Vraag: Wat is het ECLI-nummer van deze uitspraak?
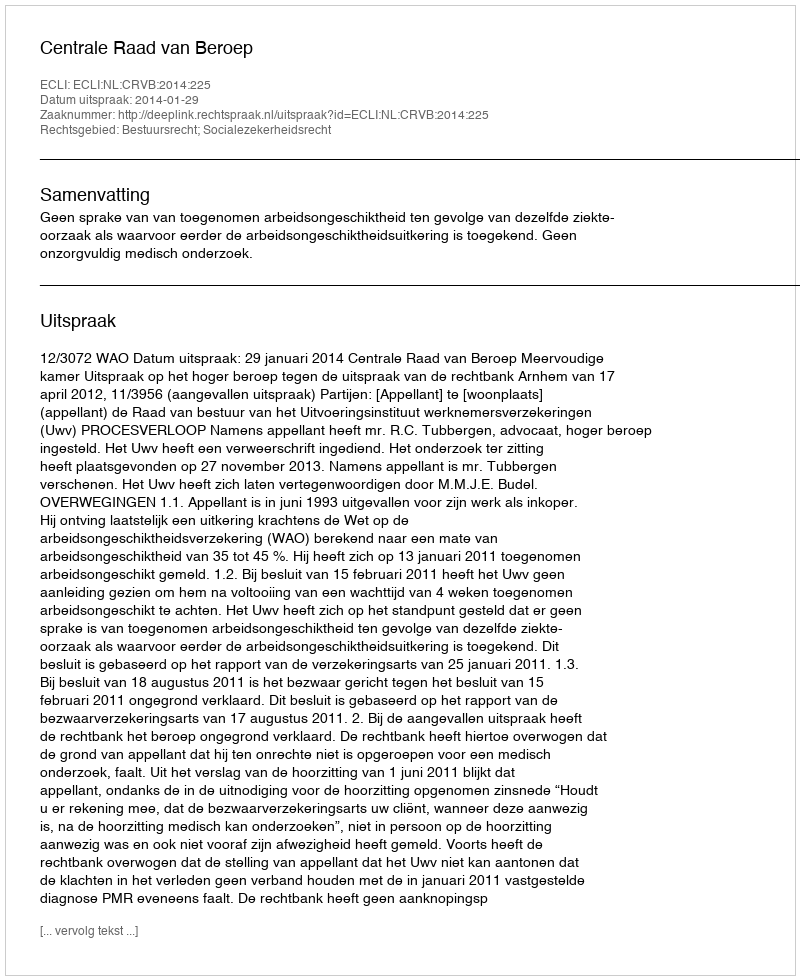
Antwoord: ECLI:NL:CRVB:2014:225